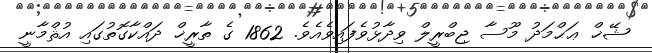
ޝޭޚް ޢަޙްމަދު މޫސާ ޖިބްރީލް ވިދާޅުވެފައިވެއެވެ. 1862 ގެ ތާރީޚް ދައްކާގޮތުގައި އުޘްމާނީ